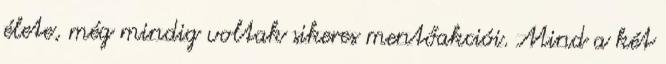
élete, még mindig voltak sikeres mentőakciói. Mind a két